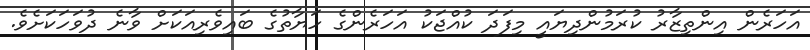
އަހަރެން އިންތިޒާރު ކުރަމުންދިޔައީ މިފަދަ ކުއްޖަކު އަހަރެންގެ ހަޔާތުގެ ބައިވެރިއަކަށް ވާނެ ދުވަހަކަށެވެ.